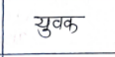
मजकूर: युवक